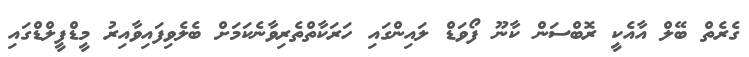
ގެރެެތް ބޭލް އާއެކީ ރޮބްސަން ކާނޫ ފޯވަޑް ލައިންގައި ހަރަކާތްތެރިވާނެކަމަށް ބެލެވިފައިވާއިރު މީޑްފީލްޑްގައި